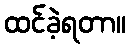
ထင်ခဲ့ရတာ။